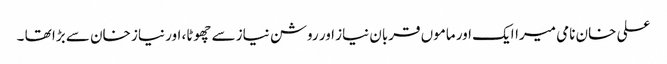
علی خان نامی میراایک اور ماموں قربان نیاز اور روشن نیاز سے چھوٹا، اور نیاز خان سے بڑا تھا ۔